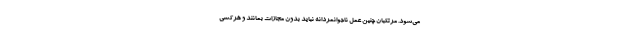
می‌شود. مرتکبان چنین عمل ناجوانمردانه نباید بدون مجازات بمانند و هرکسی